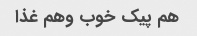
هم پیک خوب وهم غذا